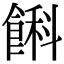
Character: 𩜭